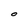
Character: O